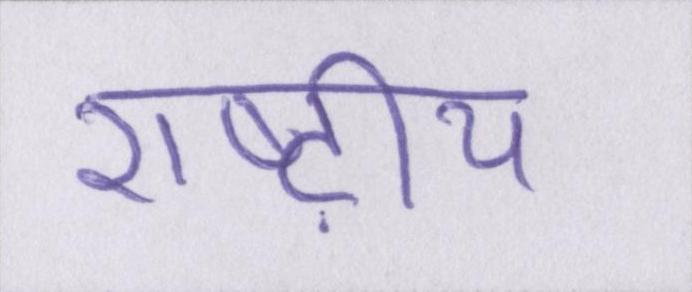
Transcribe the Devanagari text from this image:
राष्ट्रीय